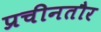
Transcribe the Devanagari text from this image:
प्रचीनतौर